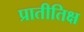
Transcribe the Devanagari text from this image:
प्रातीतिक्ष